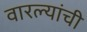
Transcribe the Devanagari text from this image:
वारल्यांची